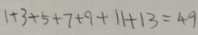
1 + 3 + 5 + 7 + 9 + 1 1 + 1 3 = 4 9